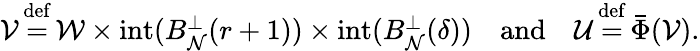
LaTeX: \begin{array}{r}{\mathcal{V}{\, \stackrel{\mathrm{def}}{=}\, }\mathcal{W}\times\mathrm{int}(B_{\mathcal{N}}^{\perp}(r+1))\times\mathrm{int}(B_{\mathcal{N}}^{\perp}(\delta))\ \ \ \mathrm{~and~}\ \ \ \mathcal{U}{\, \stackrel{\mathrm{def}}{=}\, }\bar{\Phi}(\mathcal{V}).}\end{array}